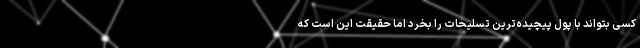
کسی بتواند با پول پیچیده‌ترین تسلیحات را بخرد اما حقیقت این است که